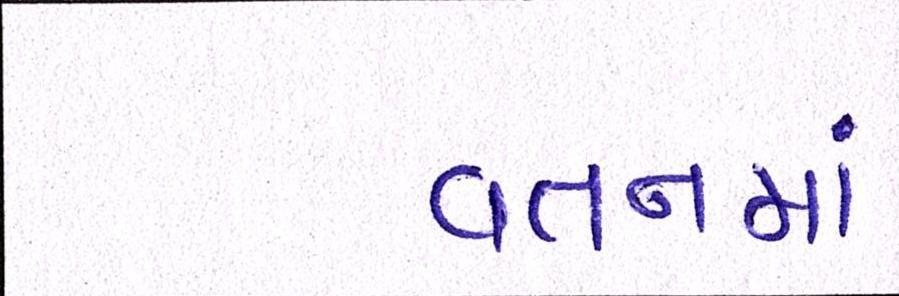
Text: વતનમાં